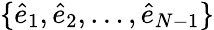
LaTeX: \{ \hat{e}_{1},\hat{e}_{2},\dots,\hat{e}_{N-1}\}